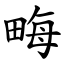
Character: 畮